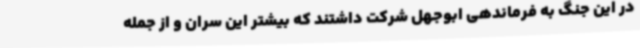
در این جنگ به فرماندهی ابوجهل شرکت داشتند که بیشتر این سران و از جمله